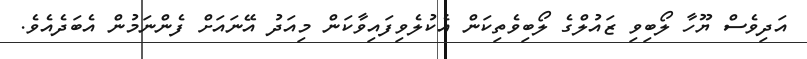
އަދިވެސް ޔޫހާ ލޯބިވި ޒައުލްގެ ލޯބިވެތިކަން އެކުލެވިފައިވާކަން މިއަދު އޭނައަށް ފެންނަމުން އެބަދެއެވެ.